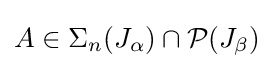
A\in \Sigma _{n}(J_{\alpha })\cap {\mathcal {P}}(J_{\beta })